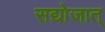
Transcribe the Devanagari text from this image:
सद्योजात्